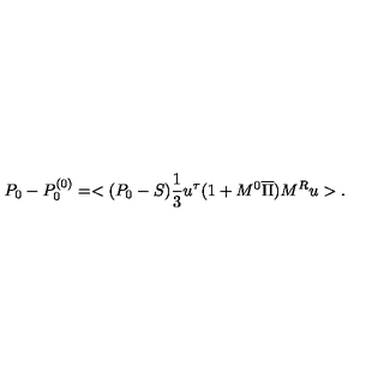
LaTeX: P _ { 0 } - P _ { 0 } ^ { ( 0 ) } = < ( P _ { 0 } - S ) { \frac { 1 } { 3 } } u ^ { \tau } ( 1 + M ^ { 0 } \overline { \Pi } ) M ^ { R } u > .